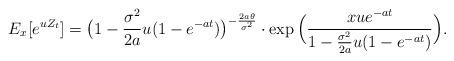
LaTeX: \begin{align*}E_x[e^{uZ_t}]= \big(1-\frac{\sigma^2}{2a}u(1-e^{-at})\big)^{-\frac{2a\theta}{\sigma^2}} \cdot \exp \Big (\frac{xue^{-at}}{1-\frac{\sigma^2}{2a}u(1-e^{-at})} \Big) . \end{align*}